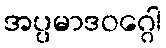
အပ္ပမာဒဝဂ္ဂေါ